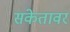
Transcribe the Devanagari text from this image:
संकेतावर